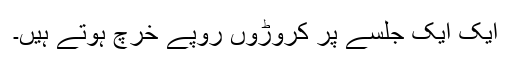
ایک ایک جلسے پر کروڑوں روپے خرچ ہوتے ہیں۔